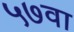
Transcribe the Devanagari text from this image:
५७वा